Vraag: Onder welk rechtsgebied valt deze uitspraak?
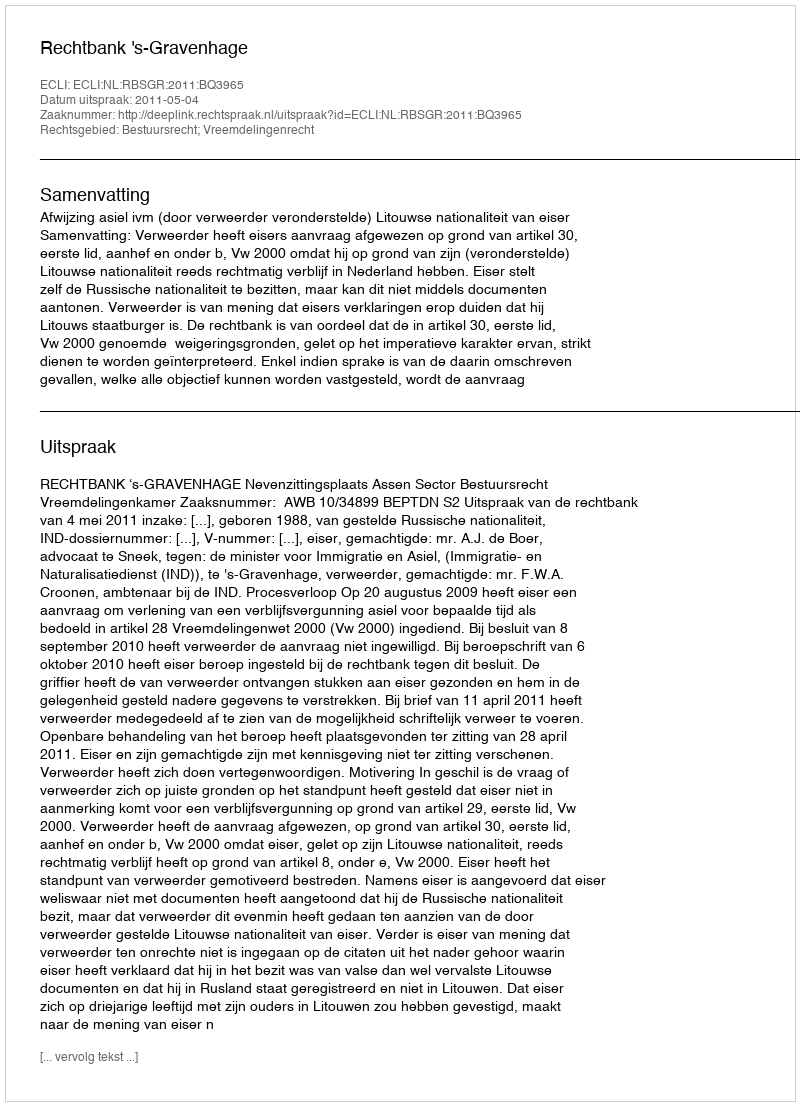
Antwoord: Bestuursrecht; Vreemdelingenrecht